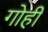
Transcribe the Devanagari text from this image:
गोही